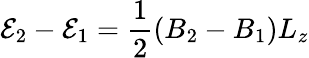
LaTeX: \mathcal{E}_{2}-\mathcal{E}_{1}=\frac{{1}}{{2}}(B_{2}-B_{1})L_{z}